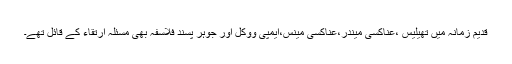
قدیم زمانہ میں تھیلیس ،عناکسی میندر،عناکسی مینس،ایمپی ووکل اور جوہر پسند فلاسفہ بھی مسئلہ ارتقاء کے قائل تھے۔